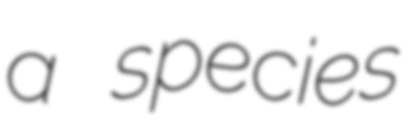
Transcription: a species